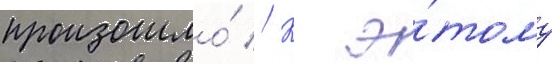
произошло́ // К э́тому